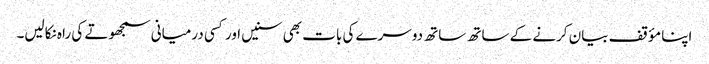
اپنا مؤقف بیان کرنے کے ساتھ ساتھ دوسرے کی بات بھی سنیں اور کسی درمیانی سمجھوتے کی راہ نکالیں۔